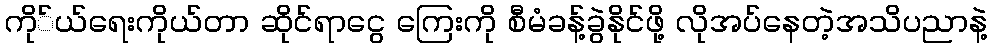
ကို်ယ်ရေးကိုယ်တာ ဆိုင်ရာငွေ ကြေးကို စီမံခန့်ခွဲနိုင်ဖို့ လိုအပ်နေတဲ့အသိပညာနဲ့